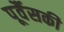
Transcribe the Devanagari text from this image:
पूर्वैसकी